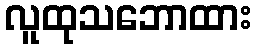
လူထုသဘောထား